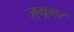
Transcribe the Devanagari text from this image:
ज़्यूमर